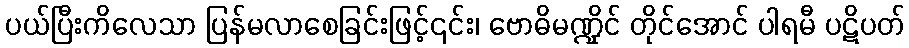
ပယ်ပြီးကိလေသာ ပြန်မလာစေခြင်းဖြင့်၎င်း၊ ဗောဓိမဏ္ဍိုင် တိုင်အောင် ပါရမီ ပဋိပတ်